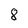
Character: 8